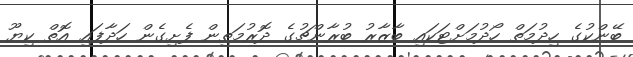
ބޭންކުގެ ހިދުމަތް ހޯދުމަށްޓަކައި ބާޒާރު ބުރާންޗުގެ ދޮރުމަތިން ފެށިގެން ހަދާފައި އޮތް ކިޔޫ